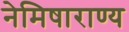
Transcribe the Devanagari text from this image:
नेमिषाराण्य